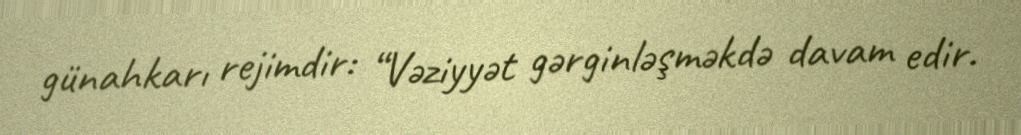
günahkarı rejimdir: “Vəziyyət gərginləşməkdə davam edir.